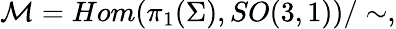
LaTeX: {\cal M}=Hom(\pi_{1}(\Sigma),SO(3,1))/\sim,